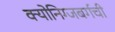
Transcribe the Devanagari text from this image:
क्योनिग्जबर्गची